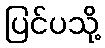
ပြင်ပသို့